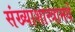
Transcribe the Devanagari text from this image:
संख्याशास्त्रामधे